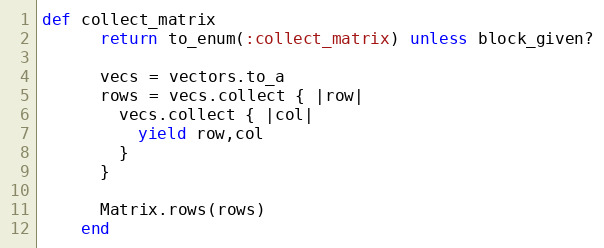
Language: Ruby
def collect_matrix
      return to_enum(:collect_matrix) unless block_given?

      vecs = vectors.to_a
      rows = vecs.collect { |row|
        vecs.collect { |col|
          yield row,col
        }
      }

      Matrix.rows(rows)
    end